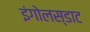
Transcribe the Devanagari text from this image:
इंगोलस्डाट